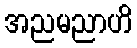
အညမညာဟိ